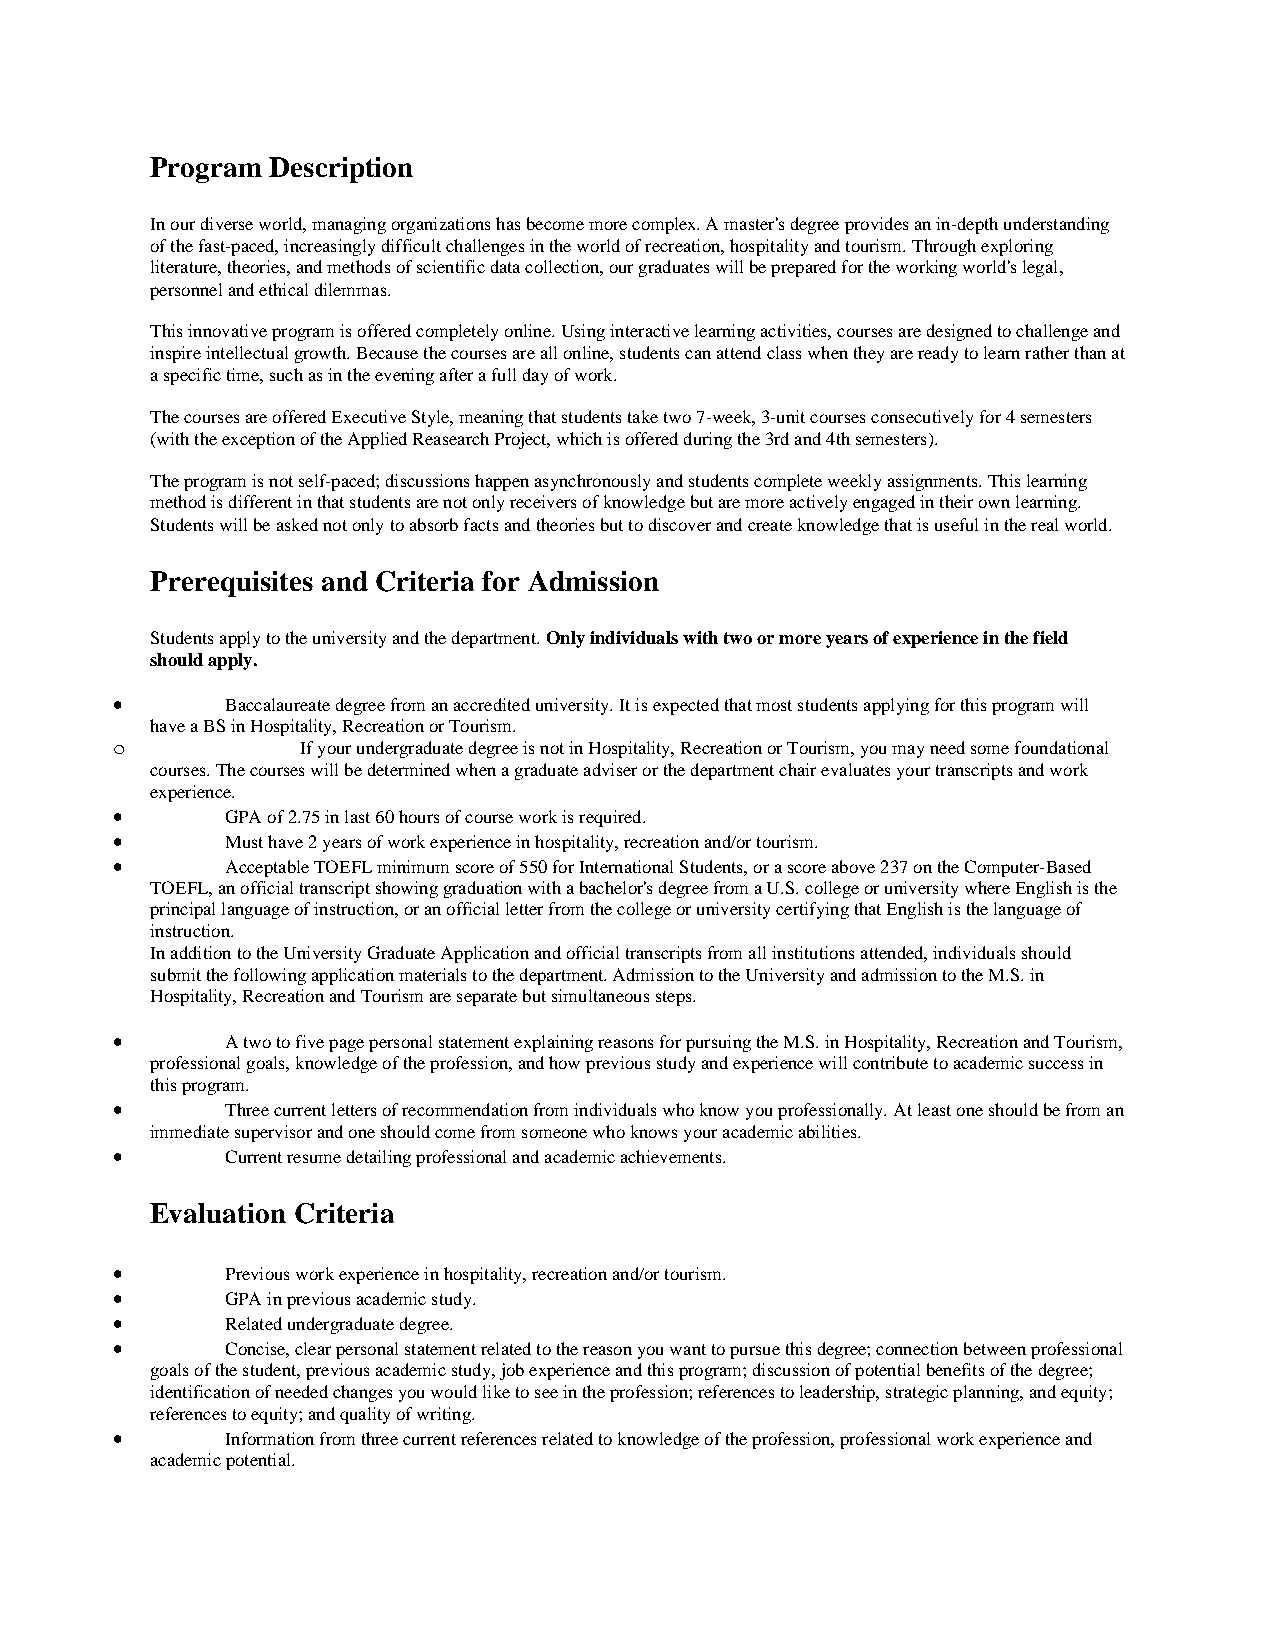
Program Description
 In our diverse world, managing organizations has become more complex. A master's degree provides an in-depth understanding
 of the fast-paced, increasingly difficult challenges in the world of recreation, hospitality and tourism. Through exploring
 literature, theories, and methods of scientific data collection, our graduates will be prepared for the working world's legal,
 personnel and ethical dilemmas.
 This innovative program is offered completely online. Using interactive learning activities, courses are designed to challenge and
 inspire intellectual growth. Because the courses are all online, students can attend class when they are ready to learn rather than at
 a specific time, such as in the evening after a full day of work.
 The courses are offered Executive Style, meaning that students take two 7-week, 3-unit courses consecutively for 4 semesters
 (with the exception of the Applied Reasearch Project, which is offered during the 3rd and 4th semesters).
 The program is not self-paced; discussions happen asynchronously and students complete weekly assignments. This learning
 method is different in that students are not only receivers of knowledge but are more actively engaged in their own learning.
 Students will be asked not only to absorb facts and theories but to discover and create knowledge that is useful in the real world.
 Prerequisites and Criteria for Admission
 Students apply to the university and the department. Only individuals with two or more years of experience in the field
 should apply.
 •       Baccalaureate degree from an accredited university. It is expected that most students applying for this program will
 have a BS in Hospitality, Recreation or Tourism.
 o            If your undergraduate degree is not in Hospitality, Recreation or Tourism, you may need some foundational
 courses. The courses will be determined when a graduate adviser or the department chair evaluates your transcripts and work
 experience.
 •       GPA of 2.75 in last 60 hours of course work is required.
 •       Must have 2 years of work experience in hospitality, recreation and/or tourism.
 •       Acceptable TOEFL minimum score of 550 for International Students, or a score above 237 on the Computer-Based
 TOEFL, an official transcript showing graduation with a bachelor's degree from a U.S. college or university where English is the
 principal language of instruction, or an official letter from the college or university certifying that English is the language of
 instruction.
 In addition to the University Graduate Application and official transcripts from all institutions attended, individuals should
 submit the following application materials to the department. Admission to the University and admission to the M.S. in
 Hospitality, Recreation and Tourism are separate but simultaneous steps.
 •       A two to five page personal statement explaining reasons for pursuing the M.S. in Hospitality, Recreation and Tourism,
 professional goals, knowledge of the profession, and how previous study and experience will contribute to academic success in
 this program.
 •       Three current letters of recommendation from individuals who know you professionally. At least one should be from an
 immediate supervisor and one should come from someone who knows your academic abilities.
 •       Current resume detailing professional and academic achievements.
 Evaluation Criteria
 •       Previous work experience in hospitality, recreation and/or tourism.
 •       GPA in previous academic study.
 •       Related undergraduate degree.
 •       Concise, clear personal statement related to the reason you want to pursue this degree; connection between professional
 goals of the student, previous academic study, job experience and this program; discussion of potential benefits of the degree;
 identification of needed changes you would like to see in the profession; references to leadership, strategic planning, and equity;
 references to equity; and quality of writing.
 •       Information from three current references related to knowledge of the profession, professional work experience and
 academic potential.